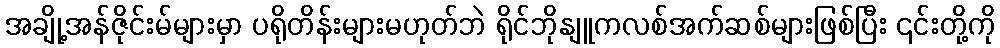
အချို့အန်ဇိုင်းမ်များမှာ ပရိုတိန်းများမဟုတ်ဘဲ ရိုင်ဘိုနျူကလစ်အက်ဆစ်များဖြစ်ပြီး ၎င်းတို့ကို